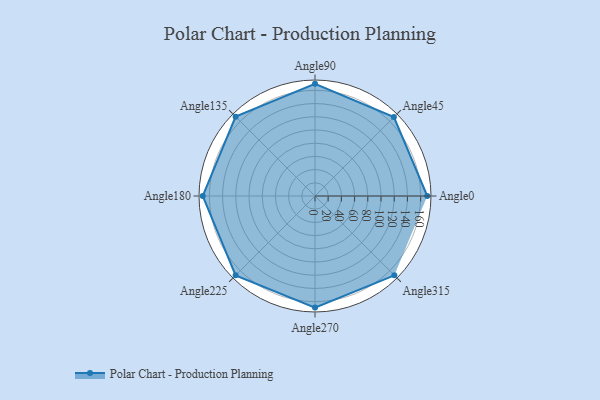
{"axis": {"x": "Angle", "y": "Radius"}, "legend": [""], "data": [{"x": "Angle0", "y": 170, "type": ""}, {"x": "Angle45", "y": 169.0, "type": ""}, {"x": "Angle90", "y": 170, "type": ""}, {"x": "Angle135", "y": 170, "type": ""}, {"x": "Angle180", "y": 170, "type": ""}, {"x": "Angle225", "y": 170, "type": ""}, {"x": "Angle270", "y": 169.0, "type": ""}, {"x": "Angle315", "y": 170, "type": ""}]}